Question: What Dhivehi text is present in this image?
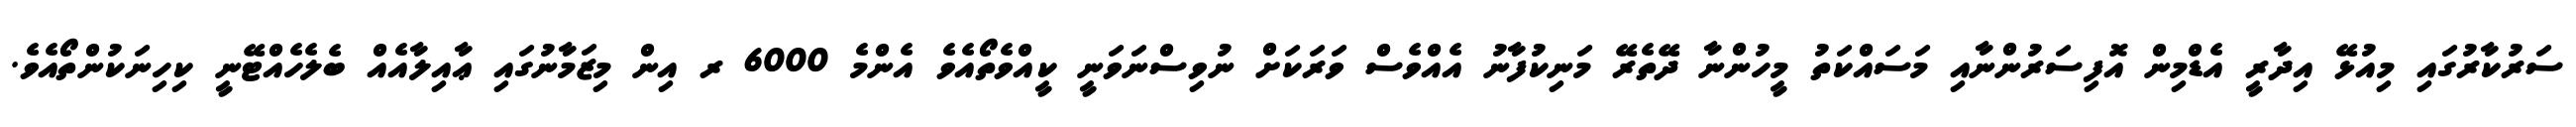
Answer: ސަރުކާރުގައި މިއުޅޭ އިދާރީ އެޑްމިން އޮފިސަރުންނާއި މަސައްކަތު މީހުންނާ ދޭތެރޭ މަނިކުފާނު އެއްވެސް ވަރަކަށް ނުވިސްނަވަނީ ކީއްވެތޯއެވެ އެންމެ 6000 ރ އިން މިޒަމާނުގައި ޢާއިލާއެއް ބެލެހެއްޓޭނީ ކިހިނަކުންތޯއެވެ.